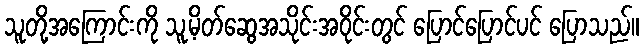
သူတို့အကြောင်းကို သူ့မိတ်ဆွေအသိုင်းအဝိုင်းတွင် ပြောင်ပြောင်ပင် ပြောသည်။